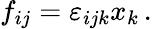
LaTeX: f_{ij}=\varepsilon_{ijk}x_{k}\, .